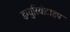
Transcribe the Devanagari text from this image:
डग्युरियोटाइप